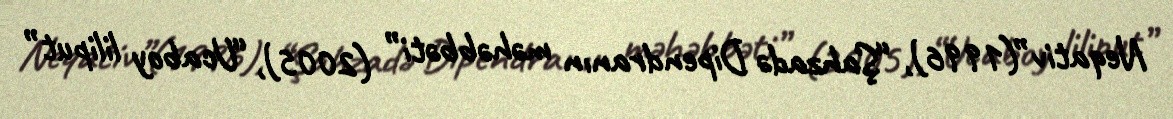
Neqativ”(1996), “Şahzadə Dipendranın məhəbbəti” (2005), “Ucaboy liliput”